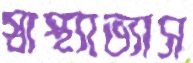
স্বাস্থ্যাভ্যাস